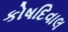
કોષદિવાલ